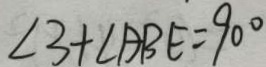
\angle 3 + \angle A B E = 9 0 ^ { \circ }